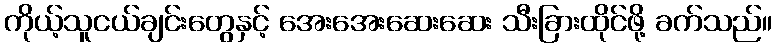
ကိုယ့်သူငယ်ချင်းတွေနှင့် အေးအေးဆေးဆေး သီးခြားထိုင်ဖို့ ခက်သည်။